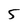
Character: 5